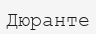
Дюранте